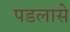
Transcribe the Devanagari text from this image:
पडलासे